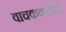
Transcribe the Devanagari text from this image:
वाचकवर्गाचो